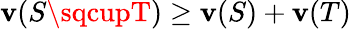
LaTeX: \mathbf{v}(S\sqcupT)\geq\mathbf{v}(S)+\mathbf{v}(T)